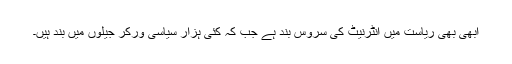
ابھی بھی ریاست میں انٹرنیٹ کی سروس بند ہے جب کہ کئی ہزار سیاسی ورکر جیلوں میں بند ہیں۔